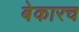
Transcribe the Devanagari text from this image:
बेकारच